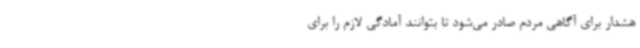
هشدار برای آگاهی مردم صادر می‌شود تا بتوانند آمادگی لازم را برای